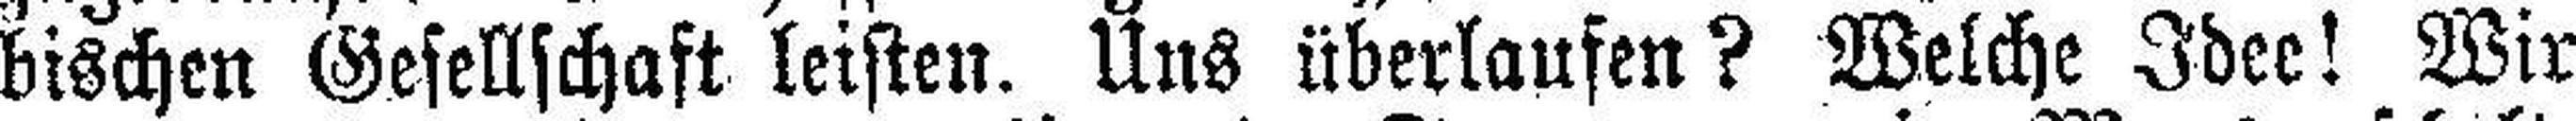
bischen Gesellschaft leisten. Uns überlaufen? Welche Idee! Wir